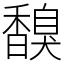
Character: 𩡗